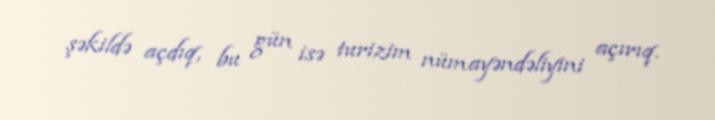
şəkildə açdıq, bu gün isə turizim nümayəndəliyini açırıq.